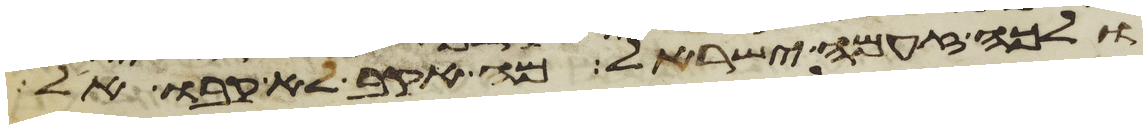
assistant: ולכה זעמה ישראל מה אקב לא קבו אל